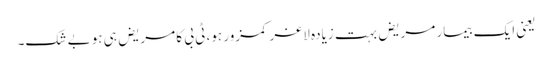
یعنی ایک بیمار مریض بہت زیادہ لاغر کمزور ہو، ٹی بی کا مریض ہی ہو بے شک۔